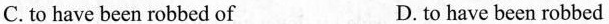
C. to have been robbed of D. to have been robbed